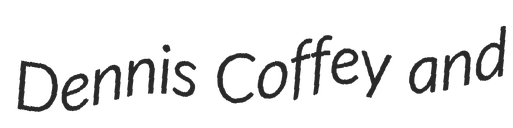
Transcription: Dennis Coffey and